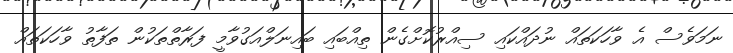
ނަމަވެސް އެ ވާހަކަތައް ނުދައްކައި ސިއްރުކޮށްގެން ތިއްބައި ބައިނަލްއަގުވާމީ ފަރާތްތަކުން ތަފާތު ވާހަކަތައް